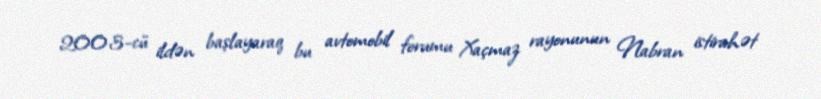
2003-cü ildən başlayaraq bu avtomobil forumu Xaçmaz rayonunun Nabran istirahət